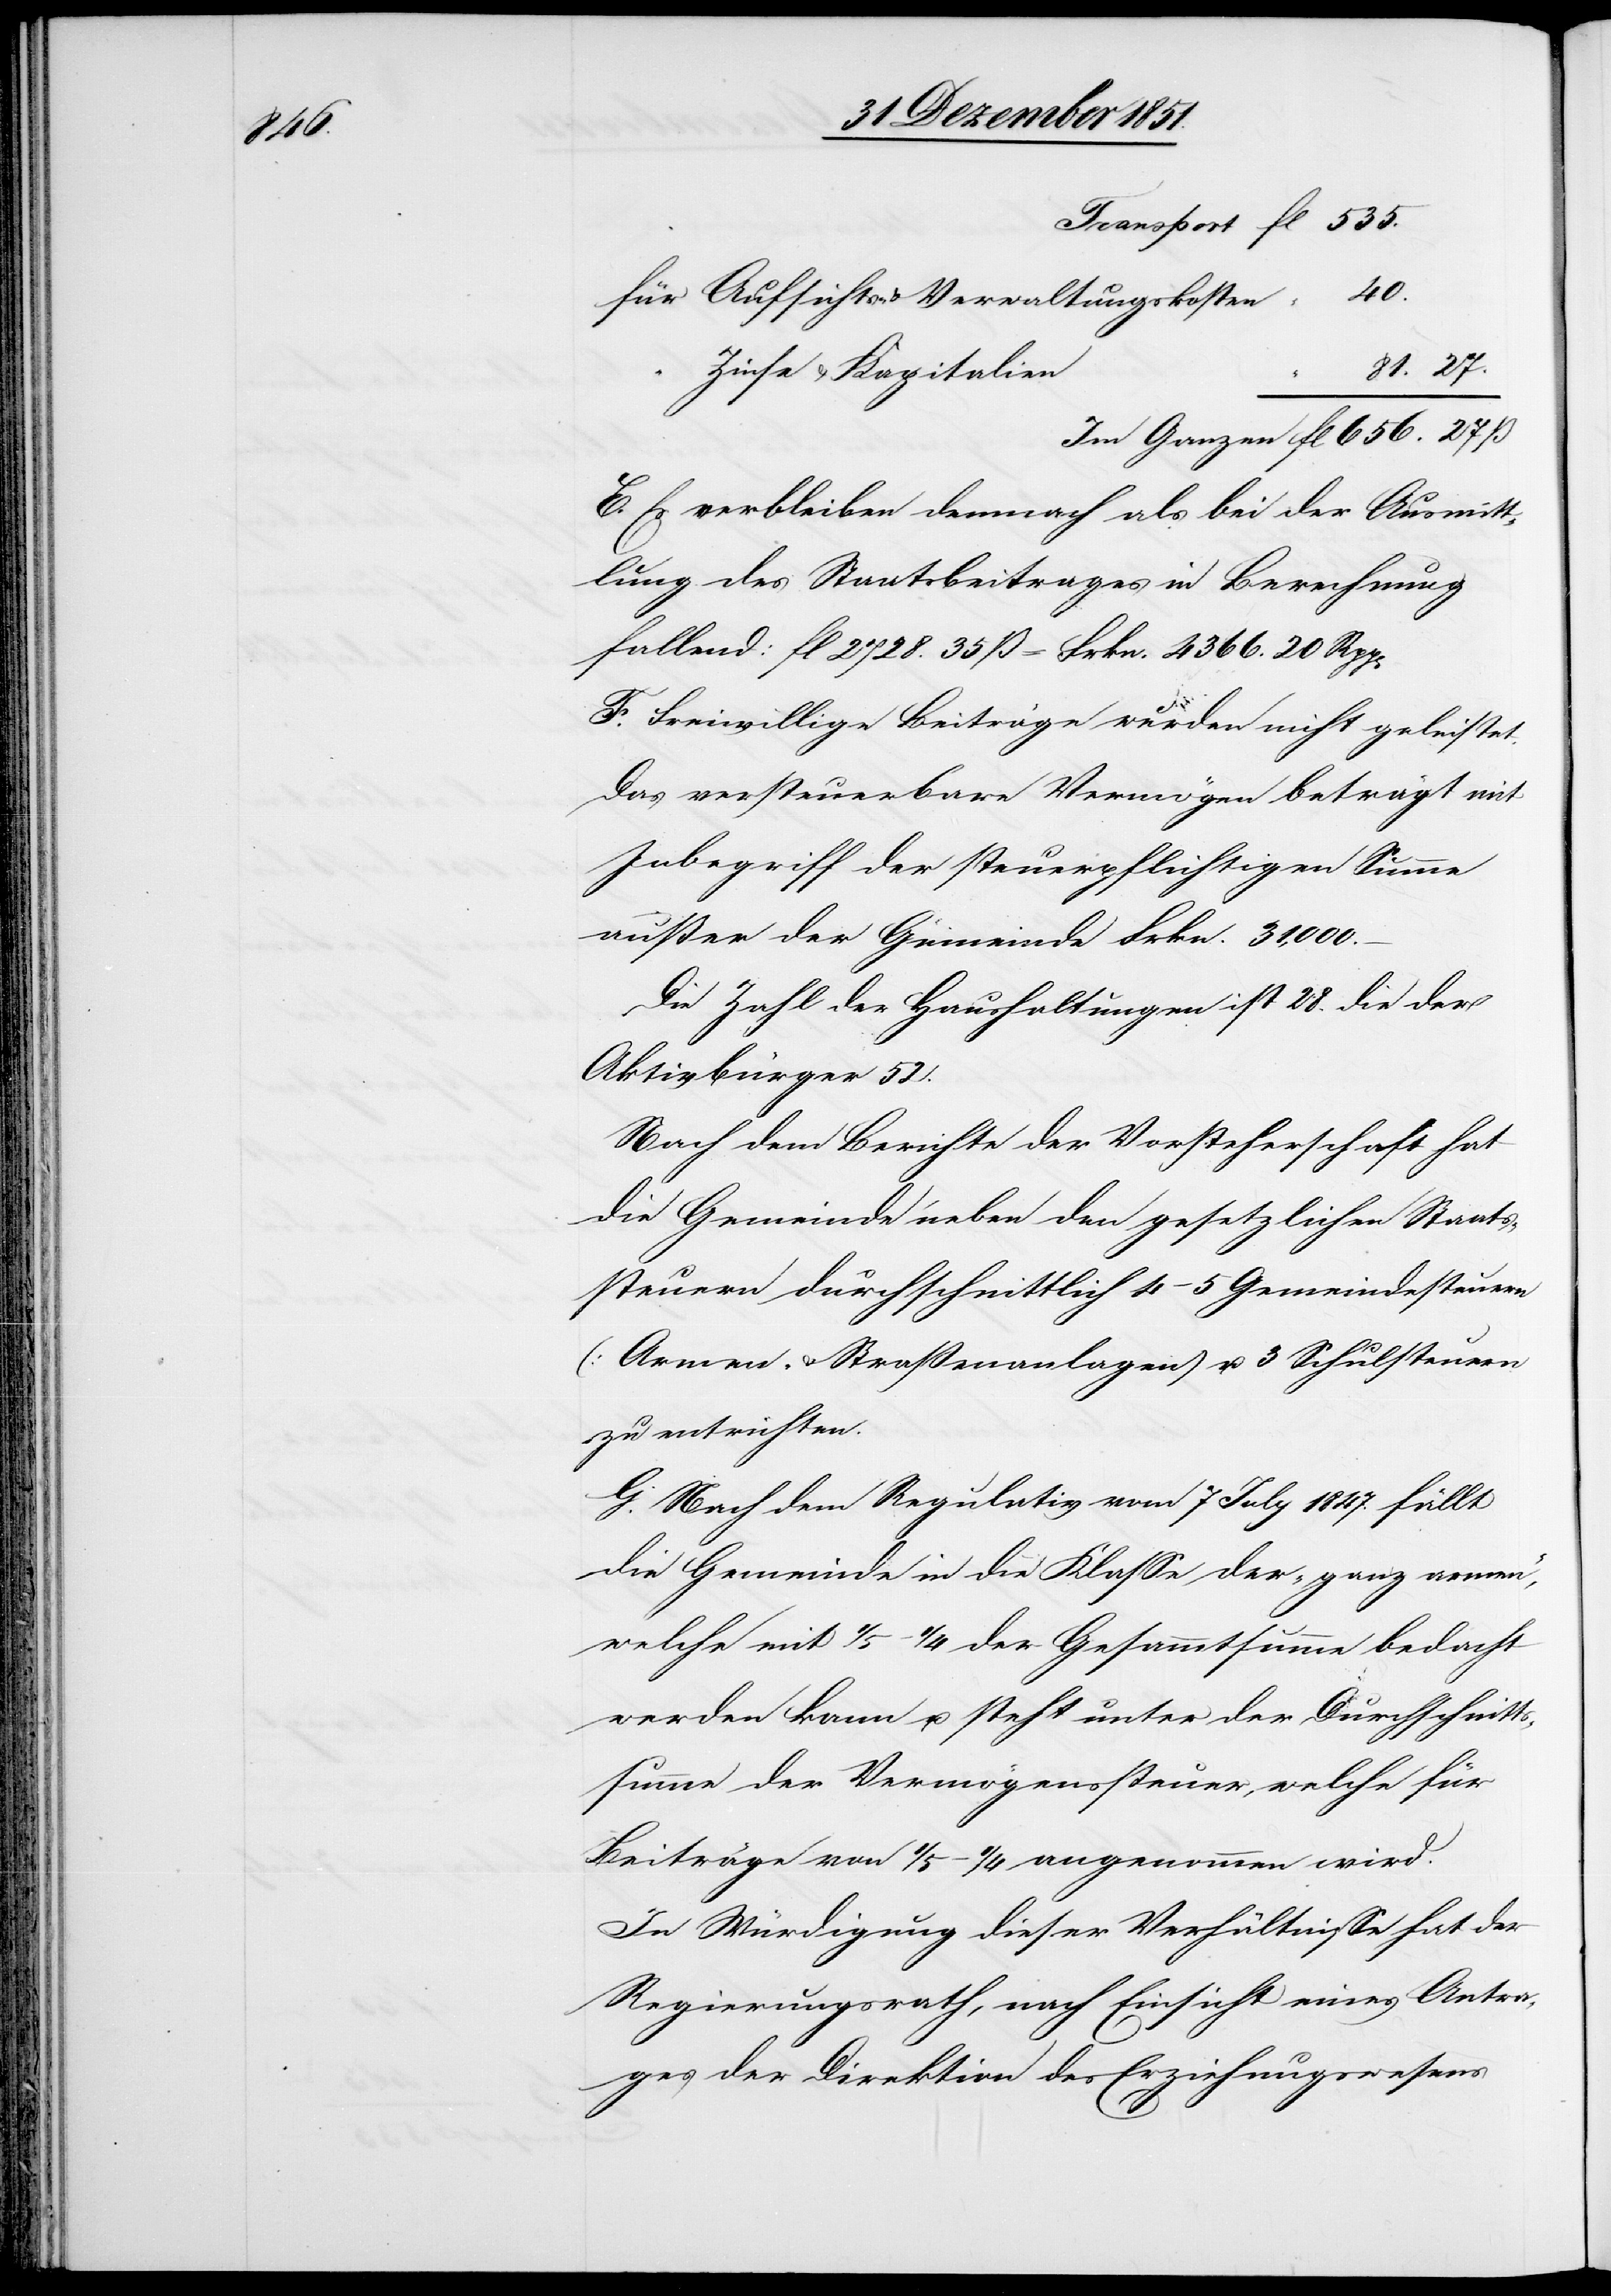
p[en]

für Aufsichts- & Verwaltungskosten
Zinse & Kapitalien
E. Es verbleiben demnach als bei der Ausmitt¬
lung des Staatsbeitrages in Berechnung
fallend: fl 2728. 35 ß = Frkn. 4366. 20 Rp¬
F. Freiwillige Beiträge wurden nicht geleistet.
Das versteuerbare Vermögen beträgt mit
Inbegriff der steuerpflichtigen Summe
außer der Gemeinde Frkn. 31,000.–
Die Zahl der Haushaltungen ist 28. die der
Aktivbürger 52.
Nach dem Berichte der Vorsteherschaft hat
die Gemeinde neben den gesetzlichen Staats¬
steuern durchschnittlich 4–5 Gemeindesteuern
(Armen- & Straßenanlagen) u. 3 Schulsteuern
zu entrichten.
G. Nach dem Regulativ vom 7 July 1847. fällt
die Gemeinde in die Klasse der „ganz armen“,
welche mit 1/5–1/4 der Gesammtsumme bedacht
werden kann u. steht unter der Durchschnitts¬
summe der Vermögenssteuer, welche für
Beiträge von 1/5–1/4 angenommen wird.
In Würdigung dieser Verhältnisse hat der
Regierungsrath, nach Einsicht eines Antra¬
ges der Direktion des Erziehungswesens